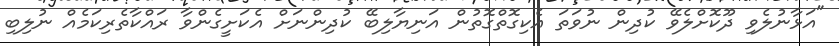
"އަޅާނުލެވި ދޫކޮށްލެވޭ ކުދިން ނުވަތަ އެކިގޮތްގޮތުން އަނިޔާލިބޭ ކުދިންނަށް އެކަށީގެންވާ ރައްކާތެރިކަމެއް ނުލިބި